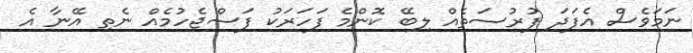
ނަމަވެސް އެފަދަ ފުރުސަތެއް ލިބޭ ކޮންމެ ފަހަރަކު ފަސްޖެހުމެއް ނެތި އޭނާ އެ